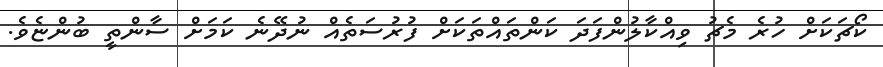
ކޯޗަކަށް ހުރެ މެޗު ވިއްކާލުންފަދަ ކަންތައްތަކަށް ފުރުސަތެއް ނުދޭނެ ކަމަށް ސާންތީ ބުންޏެވެ.